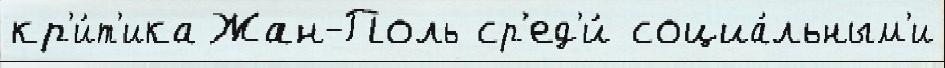
кр'и́т'ика Жан-Поль ср'ед'и́ социа́льным'и